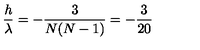
{ \frac { h } { \lambda } } = - { \frac { 3 } { N ( N - 1 ) } } = - { \frac { 3 } { 2 0 } }